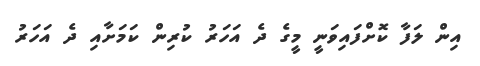
އިން ލަފާ ކޮށްފައިވަނީ މީގެ ދެ އަހަރު ކުރިން ކަމަށާއި ދެ އަހަރު